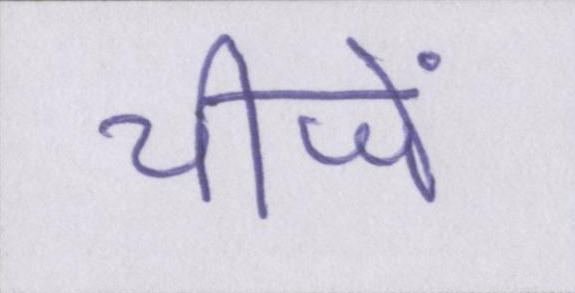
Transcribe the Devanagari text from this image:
चीजें